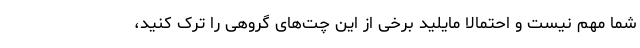
شما مهم نیست و احتمالا مایلید برخی از این چت‌های گروهی را ترک کنید،